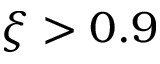
\xi > 0 . 9